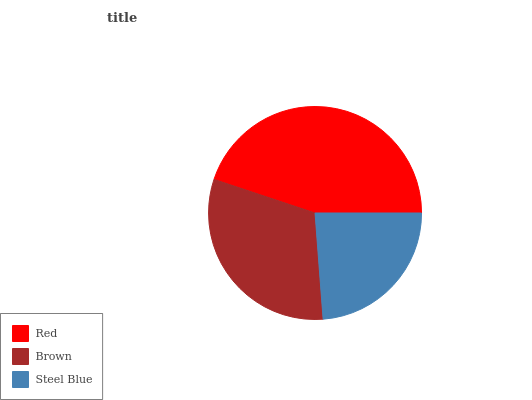
| Red | Brown | Steel Blue |
 | --- | --- | --- |
 | 44.8% | 31.3% | 23.8% |